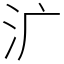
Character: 㲿